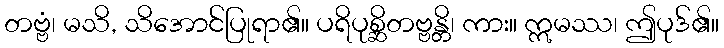
တဗ္ဗံ၊ မသိ, သိအောင်ပြုရာ၏။ ပရိပုစ္ဆိတဗ္ဗန္တိ၊ ကား။ ဣမဿ၊ ဤပုဒ်၏။